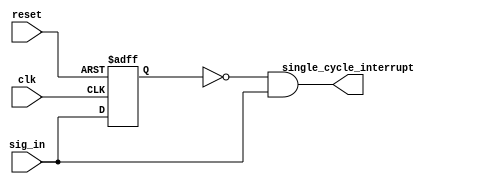
module gen_inter_cycle (
    input wire clk,
    input wire reset,
    input wire sig_in,

    output wire single_cycle_interrupt
);

    reg prev_inter;

    assign single_cycle_interrupt = ~prev_inter & sig_in;

    always @(posedge clk or negedge reset) begin
        if (~reset) begin
            prev_inter <= 0;
        end
        else begin
            prev_inter <= sig_in;
        end
    end
endmodule